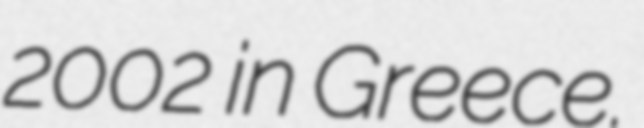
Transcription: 2002 in Greece.